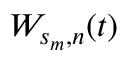
W _ { s _ { m } , n } ( t )